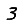
Digit: 3